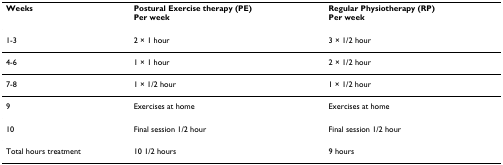
| Weeks | Postural Exercise therapy (PE)Per week | Regular Physiotherapy (RP)Per week |
 | --- | --- | --- |
 | 1-3 | 2 × 1 hour | 3 × 1/2 hour |
 | 4-6 | 1 × 1 hour | 2 × 1/2 hour |
 | 7-8 | 1 × 1/2 hour | 1 × 1/2 hour |
 | 9 | Exercises at home | Exercises at home |
 | 10 | Final session 1/2 hour | Final session 1/2 hour |
 | Total hours treatment | 10 1/2 hours | 9 hours |